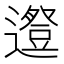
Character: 𨗱